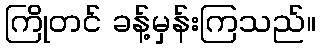
ကြိုတင် ခန့်မှန်းကြသည်။